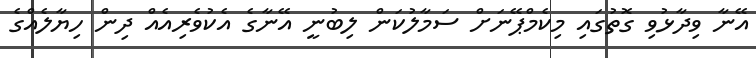
އޭނާ ވިދާޅުވި ގޮތުގައި މިކެމްޕޭނަށް ސަމާލުކަން ލިބުނީ އޭނާގެ އެކުވެރިއެއް ދިން ހިޔާލެއްގެ